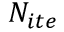
N _ { i t e }